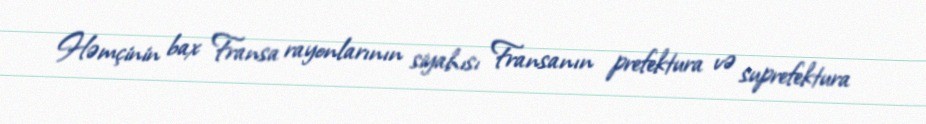
Həmçinin bax Fransa rayonlarının siyahısı Fransanın prefektura və suprefektura